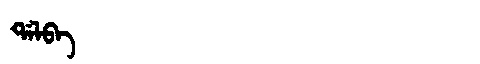
Manchu: ᡩᠠᠯᠪᠠ
Romanization: DALBA